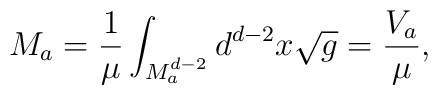
M_{a} = \frac{1}{\mu} \int_{M_{a}^{d-2}} d^{d-2}x \sqrt{g} =\frac{V_{a}}{\mu},